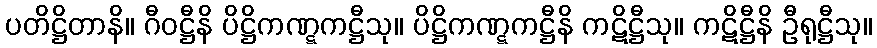
ပတိဋ္ဌိတာနိ။ ဂီဝဋ္ဌီနိ ပိဋ္ဌိကဏ္ဋကဋ္ဌီသု။ ပိဋ္ဌိကဏ္ဋကဋ္ဌီနိ ကဋိဋ္ဌီသု။ ကဋိဋ္ဌီနိ ဦရုဋ္ဌီသု။